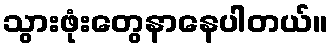
သွားဖုံးတွေနာနေပါတယ်။